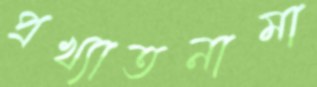
প্রখ্যাতনামা